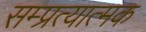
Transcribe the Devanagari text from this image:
सम्प्रत्यात्मक